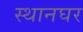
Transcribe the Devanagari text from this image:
स्थानघर